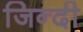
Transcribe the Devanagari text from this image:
जिन्दी